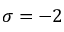
\sigma = - 2